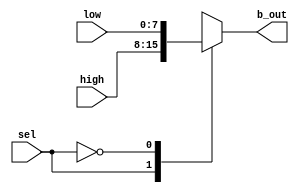
`timescale 1ns / 1ps
//////////////////////////////////////////////////////////////////////////////////
// 
// Partner:        Edward Mares
// 
// Design Name: 
// Module Name:    byte_mux 
//
// Description:    This multiplexer mudule is used to select what data input are to 
//                 be assigned to the b_out output and driven to the ad_mux module.
//                 The two input values consist of the 16-bit data from the ram1 
//                 module. The value of the b_out output is chosen based on the 
//                 sel input that is to come from the push button 1 on our boards.
//
// Revision: 
// Revision 0.01 - File Created
// Additional Comments: 
//
//////////////////////////////////////////////////////////////////////////////////
module byte_mux(sel, high, low, b_out);

   input                sel;
   input          [7:0] high, low;
   output         [7:0] b_out;
   reg            [7:0] b_out;

   always @(sel or high or low)
      begin
         case (sel)   
            1'b1:      b_out = high;
            1'b0:      b_out =  low;
            default: b_out = high;
         
         endcase
      end
endmodule